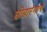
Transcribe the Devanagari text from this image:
घोडारंगाचे